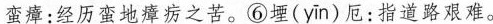
蛮瘴：经历蛮地瘴疠之苦。⑥堙（yīn）厄：指道路艰难。